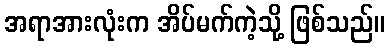
အရာအားလုံးက အိပ်မက်ကဲ့သို့ ဖြစ်သည်။